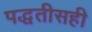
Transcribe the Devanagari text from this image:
पद्धतीसही